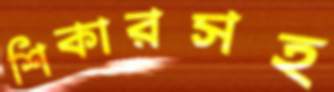
শিকারসহ